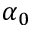
\alpha _ { 0 }